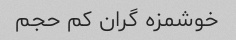
خوشمزه گران کم حجم